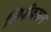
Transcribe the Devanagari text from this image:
लिपीवरून